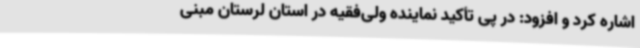
اشاره کرد و افزود: در پی تأکید نماینده ولی‌فقیه در استان لرستان مبنی